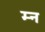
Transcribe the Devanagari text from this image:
म्न